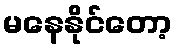
မနေနိုင်တော့